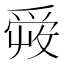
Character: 𤔠